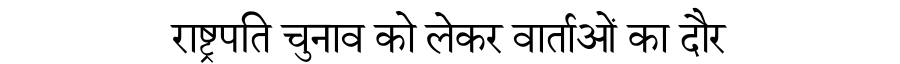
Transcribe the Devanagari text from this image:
राष्ट्रपति चुनाव को लेकर वार्ताओं का दौर